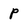
Character: p